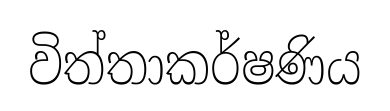
විත්තාකර්ෂණිය